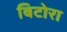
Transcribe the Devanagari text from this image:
बिटोरा